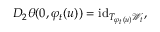
D _ { 2 } \theta ( 0 , \varphi _ { t } ( u ) ) = \mathrm { i d } _ { T _ { \varphi _ { t } ( u ) } \mathcal { W } _ { t } } ,